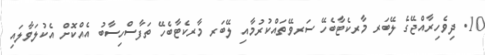
10. ދިވެހިރާއްޖޭގެ ލޭބަރ މާރކެޓާބެހޭ ސަރވޭތައްކުރުމާއި ލޭބަރ މާރކެޓާބެހޭ ތަފާސްހިސާބު އެއްކޮށް އެކުލަވާލައި